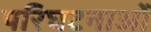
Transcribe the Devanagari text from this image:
परिघटनाओंं